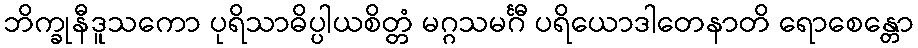
ဘိက္ခုနီဒူသကော ပုရိသာဓိပ္ပါယစိတ္တံ မဂ္ဂသမင်္ဂီ ပရိယောဒါတေနာတိ ရောစေန္တော